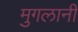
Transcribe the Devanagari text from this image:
मुगलानी